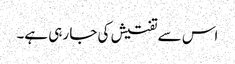
اس سے تفتیش کی جا رہی ہے۔